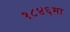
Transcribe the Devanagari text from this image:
१८४६मा